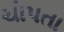
ચોપતા